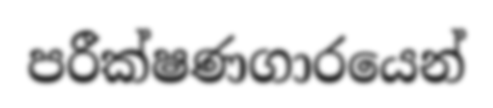
පරීක්ෂණගාරයෙන්